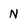
Character: N